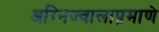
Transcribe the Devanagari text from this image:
अग्निज्वालाप्रमाणे